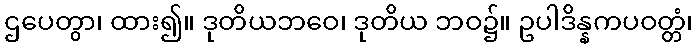
ဌပေတွာ၊ ထား၍။ ဒုတိယဘဝေ၊ ဒုတိယ ဘဝ၌။ ဥပါဒိန္နကပဝတ္တံ၊